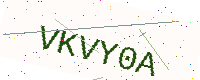
Text: VKVY0A